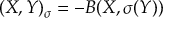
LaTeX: \displaystyle { ( X , Y ) _ { \sigma } = - B ( X , \sigma ( Y ) ) }